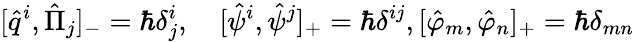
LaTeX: [\hat{q}^{i},\hat{\Pi}_{j}]_{-}=\hbar\delta_{j}^{i},\quad[\hat{\psi}^{i},\hat{\psi}^{j}]_{+}=\hbar\delta^{ij},[\hat{\varphi}_{m},\hat{\varphi}_{n}]_{+}=\hbar\delta_{mn}